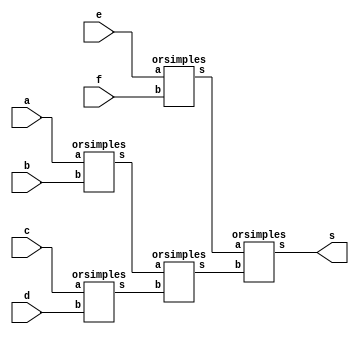
//Exemplo 0035
//Nome: Vitor Angelo Lima

module final ( output[3:0] s, input [3:0] a, input [3:0] b,  input [3:0] c,  input [3:0] d,  input [3:0] e,  input [3:0] f );
	wire [3:0] s1; //and ou nand
	wire [3:0] s2; //or ou nor
	wire [3:0] s3; //xor ou xnor
	wire [3:0] s4; // s1 ou s2
	// s = s3 ou s4;
	
	orsimples or1 ( s1, a, b );
	orsimples or2 ( s2, c, d );
	orsimples or3 ( s3, e, f );
	orsimples or4 ( s4, s1, s2 );
	orsimples or5 ( s, s3, s4 );
endmodule

module orsimples ( output[3:0] s, input [3:0] a, input [3:0] b );
	or ( s[0], a[0], b[0] );
	or ( s[1], a[1], b[1] );
	or ( s[2], a[2], b[2] );
	or ( s[3], a[3], b[3] );
endmodule

module andgate( output[3:0] s, input [2:0] c, input [3:0] a, input [3:0] b );
	wire [3:0] d; // operacao a e b
	wire [2:0] n; // chave negada
	wire aux; // auxiliar para AND da chave
	wire u; // AND bits chave
	
	and ( d[0], a[0], b[0] );
	and ( d[1], a[1], b[1] );
	and ( d[2], a[2], b[2] );
	and ( d[3], a[3], b[3] );
	
	not( n[0], c[0] );
	not( n[1], c[1] );
	not( n[2], c[2] );
	
	and ( aux, n[0], n[1] );
	and ( u, aux, n[2] );
	
	and ( s[0], u, d[0] );
	and ( s[1], u, d[1] );
	and ( s[2], u, d[2] );
	and ( s[3], u, d[3] );
endmodule

module nandgate( output[3:0] s, input [2:0] c, input [3:0] a, input [3:0] b );
	wire [3:0] d; // operacao a e b
	wire [2:0] n; // chave negada
	wire aux; // auxiliar para AND da chave
	wire u; // AND bits chave
	
	nand ( d[0], a[0], b[0] );
	nand ( d[1], a[1], b[1] );
	nand ( d[2], a[2], b[2] );
	nand ( d[3], a[3], b[3] );
	
	not( n[0], c[0] );
	not( n[1], c[1] );
	not( n[2], c[2] );
	
	and ( aux, c[0], n[1] );
	and ( u, aux, n[2] );
	
	and ( s[0], u, d[0] );
	and ( s[1], u, d[1] );
	and ( s[2], u, d[2] );
	and ( s[3], u, d[3] );
endmodule

module orgate( output[3:0] s, input [2:0] c, input [3:0] a, input [3:0] b );
	wire [3:0] d; // operacao a e b
	wire [2:0] n; // chave negada
	wire aux; // auxiliar para AND da chave
	wire u; // AND bits chave
	
	or ( d[0], a[0], b[0] );
	or ( d[1], a[1], b[1] );
	or ( d[2], a[2], b[2] );
	or ( d[3], a[3], b[3] );
	
	not( n[0], c[0] );
	not( n[1], c[1] );
	not( n[2], c[2] );
	
	and ( aux, n[0], c[1] );
	and ( u, aux, n[2] );
	
	and ( s[0], u, d[0] );
	and ( s[1], u, d[1] );
	and ( s[2], u, d[2] );
	and ( s[3], u, d[3] );
endmodule

module norgate( output[3:0] s, input [2:0] c, input [3:0] a, input [3:0] b );
	wire [3:0] d; // operacao a e b
	wire [2:0] n; // chave negada
	wire aux; // auxiliar para AND da chave
	wire u; // AND bits chave
	
	nor ( d[0], a[0], b[0] );
	nor ( d[1], a[1], b[1] );
	nor ( d[2], a[2], b[2] );
	nor ( d[3], a[3], b[3] );
	
	not( n[0], c[0] );
	not( n[1], c[1] );
	not( n[2], c[2] );
	
	and ( aux, c[0], c[1] );
	and ( u, aux, n[2] );
	
	and ( s[0], u, d[0] );
	and ( s[1], u, d[1] );
	and ( s[2], u, d[2] );
	and ( s[3], u, d[3] );
endmodule

module xorgate( output[3:0] s, input [2:0] c, input [3:0] a, input [3:0] b );
	wire [3:0] d; // operacao a e b
	wire [2:0] n; // chave negada
	wire aux; // auxiliar para AND da chave
	wire u; // AND bits chave
	
	xor ( d[0], a[0], b[0] );
	xor ( d[1], a[1], b[1] );
	xor ( d[2], a[2], b[2] );
	xor ( d[3], a[3], b[3] );
	
	not( n[0], c[0] );
	not( n[1], c[1] );
	not( n[2], c[2] );
	
	and ( aux, n[0], n[1] );
	and ( u, aux, c[2] );
	
	and ( s[0], u, d[0] );
	and ( s[1], u, d[1] );
	and ( s[2], u, d[2] );
	and ( s[3], u, d[3] );
endmodule

module xnorgate( output[3:0] s, input [2:0] c, input [3:0] a, input [3:0] b );
	wire [3:0] d; // operacao a e b
	wire [2:0] n; // chave negada
	wire aux; // auxiliar para AND da chave
	wire u; // AND bits chave
	
	xnor ( d[0], a[0], b[0] );
	xnor ( d[1], a[1], b[1] );
	xnor ( d[2], a[2], b[2] );
	xnor ( d[3], a[3], b[3] );
	
	not( n[0], c[0] );
	not( n[1], c[1] );
	not( n[2], c[2] );
	
	and ( aux, c[0], n[1] );
	and ( u, aux, c[2] );
	
	and ( s[0], u, d[0] );
	and ( s[1], u, d[1] );
	and ( s[2], u, d[2] );
	and ( s[3], u, d[3] );
endmodule


module test;
	/*
	AND = 000
	NAND = 001
	OR = 010
	NOR = 011
	XOR = 100
	XNOR = 101
	*/
	reg [3:0] a;
	reg [3:0] b;
	reg [2:0] c;
	wire [3:0] result;
	
	wire [3:0] t;
	wire [3:0] h;
	wire [3:0] e;
	wire [3:0] l;
	wire [3:0] d;
	wire [3:0] o;
	
	andgate z0 ( t, c, a, b );
	nandgate z1 ( h, c, a, b );
	orgate z2 ( e, c, a, b );
	norgate z3 ( l, c, a, b );
	xorgate z4 ( d, c, a, b );
	xnorgate z5 ( o, c, a, b );
	
	final f1 ( result, t, h, e, l, d, o );
	
	initial begin
		$monitor ( "%4b", result );
		a = 4'b0011;
		b = 4'b0101;
		c = 000;
		#1 c = 001;
		#1 c = 010;
		#1 c = 011;
		#1 c = 100;
		#1 c = 101;
	end
endmodule